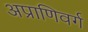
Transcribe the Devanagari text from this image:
अप्राणिवर्ग